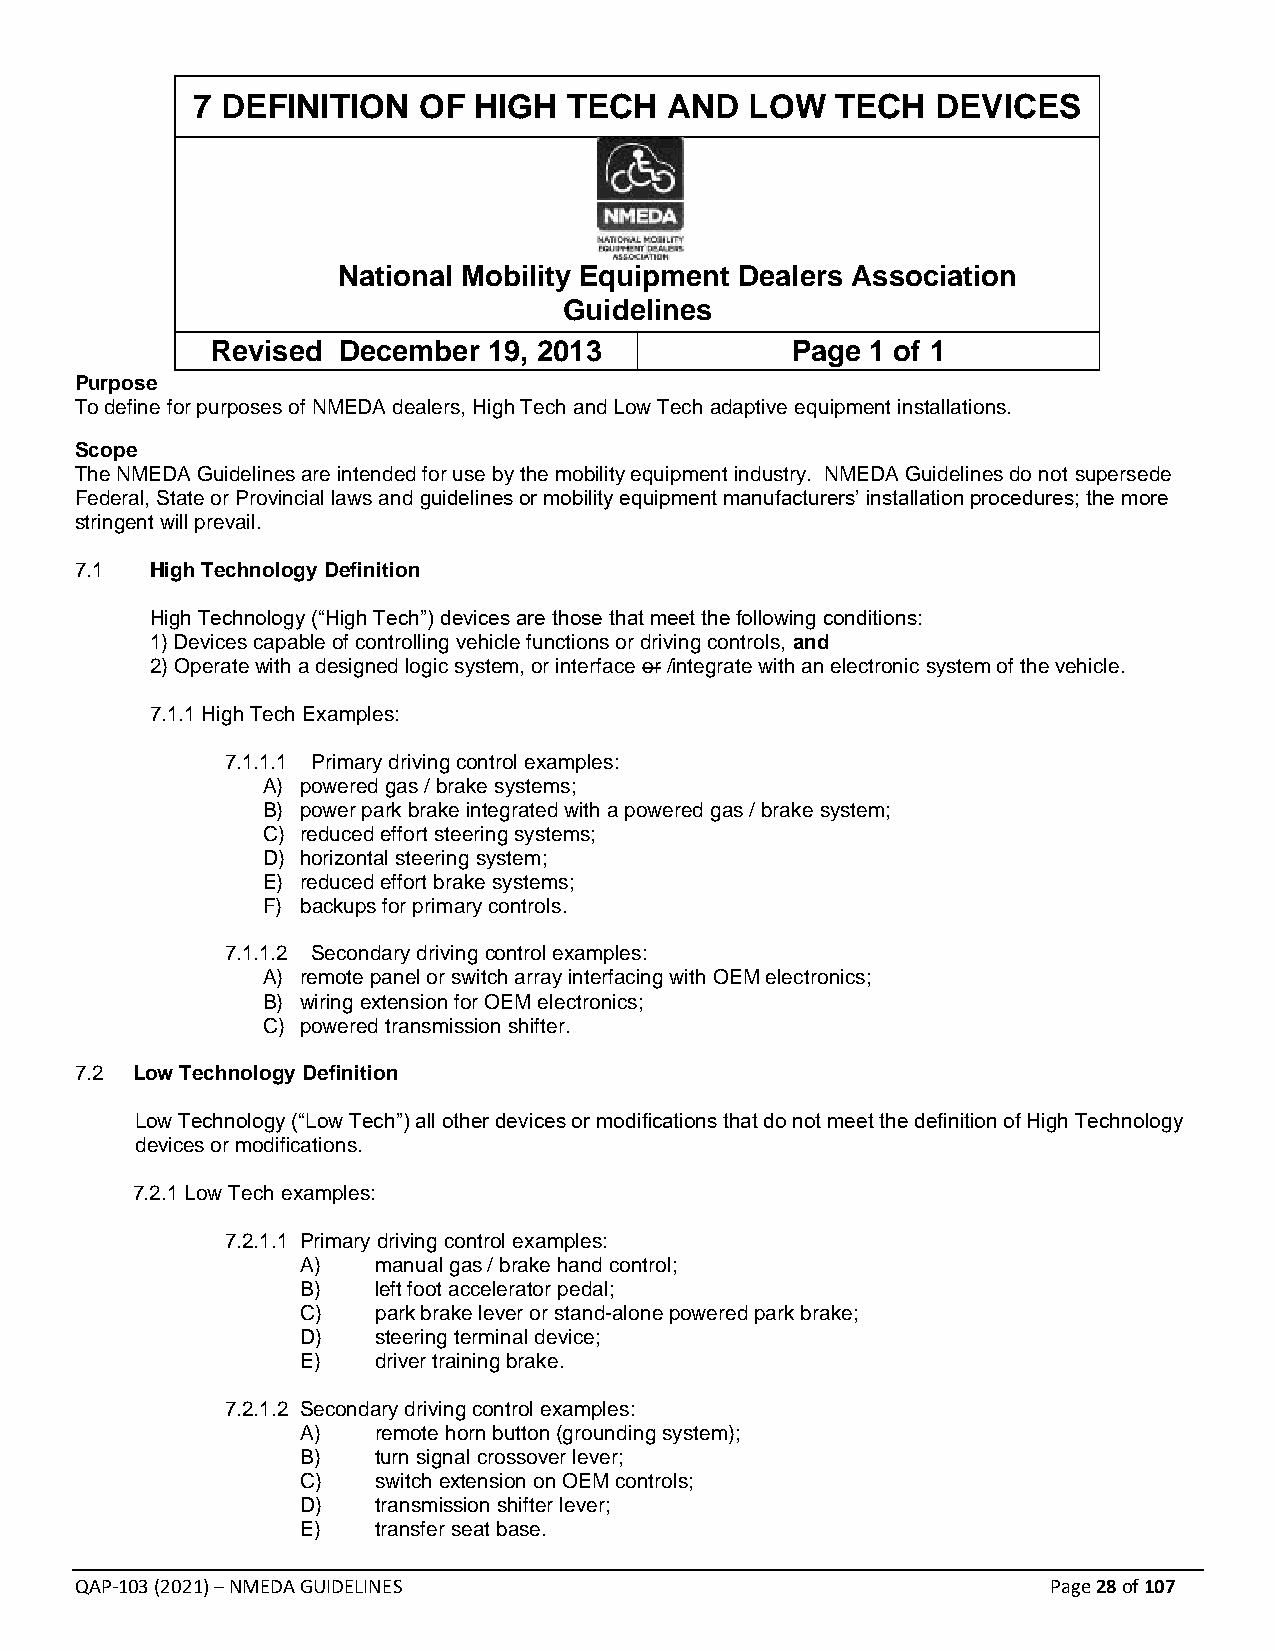
7 DEFINITION   OF HIGH   TECH  AND   LOW  TECH   DEVICES
 National Mobility Equipment Dealers Association
 Guidelines
 Revised December  19, 2013            Page  1 of 1
 Purpose
 To define for purposes of NMEDA dealers, High Tech and Low Tech adaptive equipment installations.
 Scope
 The NMEDA Guidelines are intended for use by the mobility equipment industry. NMEDA Guidelines do not supersede
 Federal, State or Provincial laws and guidelines or mobility equipment manufacturers’ installation procedures; the more
 stringent will prevail.
 7.1  High Technology Definition
 High Technology (“High Tech”) devices are those that meet the following conditions:
 1) Devices capable of controlling vehicle functions or driving controls, and
 2) Operate with a designed logic system, or interface or /integrate with an electronic system of the vehicle.
 7.1.1 High Tech Examples:
 7.1.1.1 Primary driving control examples:
 A) powered gas / brake systems;
 B) power park brake integrated with a powered gas / brake system;
 C) reduced effort steering systems;
 D) horizontal steering system;
 E) reduced effort brake systems;
 F) backups for primary controls.
 7.1.1.2 Secondary driving control examples:
 A) remote panel or switch array interfacing with OEM electronics;
 B) wiring extension for OEM electronics;
 C) powered transmission shifter.
 7.2 Low Technology Definition
 Low Technology (“Low Tech”) all other devices or modifications that do not meet the definition of High Technology
 devices or modifications.
 7.2.1 Low Tech examples:
 7.2.1.1 Primary driving control examples:
 A)   manual gas / brake hand control;
 B)   left foot accelerator pedal;
 C)   park brake lever or stand-alone powered park brake;
 D)   steering terminal device;
 E)   driver training brake.
 7.2.1.2 Secondary driving control examples:
 A)   remote horn button (grounding system);
 B)   turn signal crossover lever;
 C)   switch extension on OEM controls;
 D)   transmission shifter lever;
 E)   transfer seat base.
 QAP-103 (2021) – NMEDA GUIDELINES                                Page 28 of 107